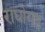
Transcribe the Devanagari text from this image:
राघोगढ